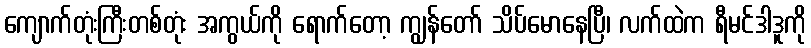
ကျောက်တုံးကြီးတစ်တုံး အကွယ်ကို ရောက်တော့ ကျွန်တော် သိပ်မောနေပြီ၊ လက်ထဲက ရီမင်ဒါဒူကို